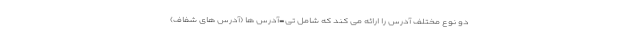
دو نوع مختلف آدرس را ارائه می کند که شامل تی-آدرس ها (آدرس های شفاف)